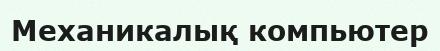
Механикалық компьютер